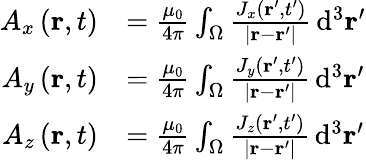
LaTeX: {\begin{array}{rl}{A_{x}\left(\mathbf{r},t\right)}&{={\frac{\mu_{0}}{4\pi}}\int_{\Omega}{\frac{J_{x}\left(\mathbf{r}^{\prime},t^{\prime}\right)}{\left|\mathbf{r}-\mathbf{r}^{\prime}\right|}}\, \mathrm{d}^{3}\mathbf{r}^{\prime}}\\ {A_{y}\left(\mathbf{r},t\right)}&{={\frac{\mu_{0}}{4\pi}}\int_{\Omega}{\frac{J_{y}\left(\mathbf{r}^{\prime},t^{\prime}\right)}{\left|\mathbf{r}-\mathbf{r}^{\prime}\right|}}\, \mathrm{d}^{3}\mathbf{r}^{\prime}}\\ {A_{z}\left(\mathbf{r},t\right)}&{={\frac{\mu_{0}}{4\pi}}\int_{\Omega}{\frac{J_{z}\left(\mathbf{r}^{\prime},t^{\prime}\right)}{\left|\mathbf{r}-\mathbf{r}^{\prime}\right|}}\, \mathrm{d}^{3}\mathbf{r}^{\prime}}\end{array}}